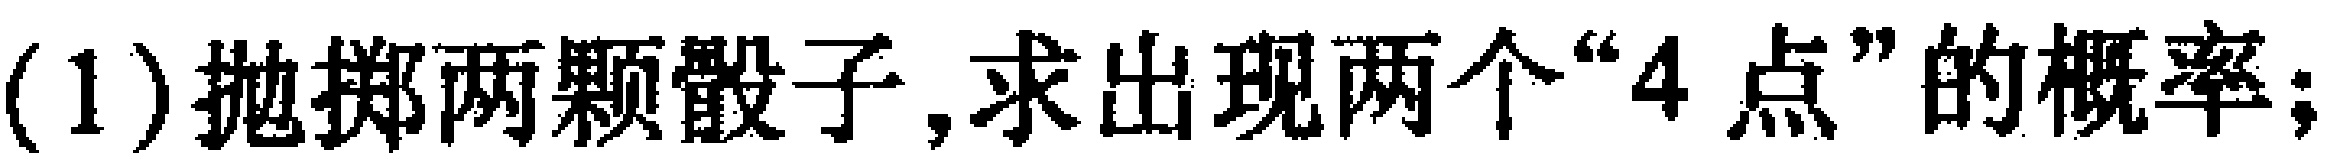
(1)抛掷两颗骰子,求出现两个“4 点”的概率;